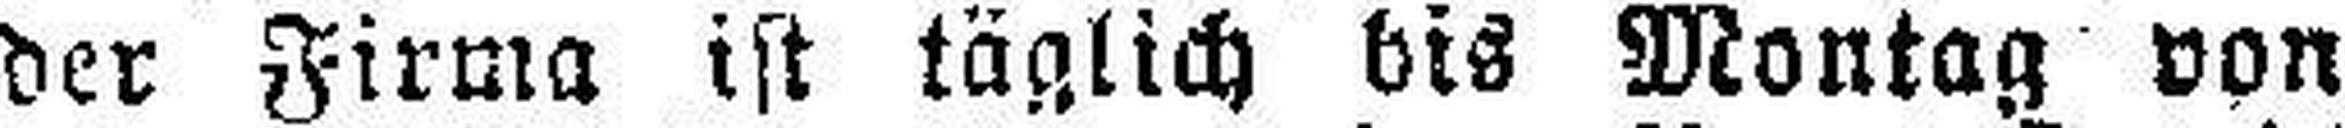
der Firma ist täglich bis Montag von